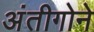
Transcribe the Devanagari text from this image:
अंतीगोने